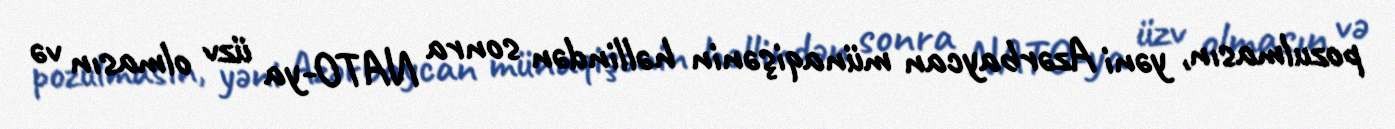
pozulmasın, yəni Azərbaycan münaqişənin həllindən sonra NATO-ya üzv olmasın və